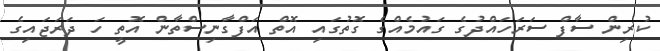
ކުރިން ސާފް ސަރަހައްދުގެ ގައުމެއްގެ ގޮތުގައި އޮތް އަފްގާނިސްތާން އޮތީ ހަ ދަރަޖައިގެ